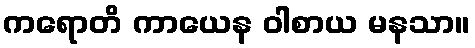
ကရောတိ ကာယေန ဝါစာယ မနသာ။